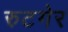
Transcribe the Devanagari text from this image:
रुटगेर